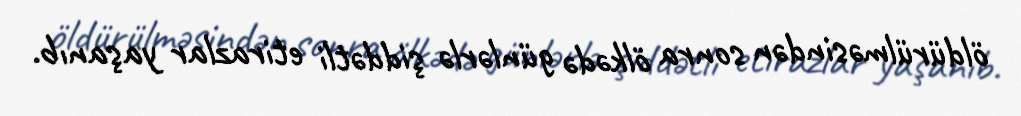
öldürülməsindən sonra ölkədə günlərlə şiddətli etirazlar yaşanıb.